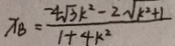
x _ { B } = \frac { - 4 \sqrt { 3 } k ^ { 2 } - 2 \sqrt { k ^ { 2 } + 1 } } { 1 + 4 k ^ { 2 } }